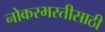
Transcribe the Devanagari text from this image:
नोकरभरतीसाठी